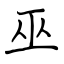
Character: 巫